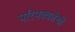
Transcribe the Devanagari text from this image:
परिपक्वतेची